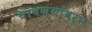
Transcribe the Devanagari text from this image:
चाचण्यांवरून